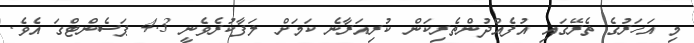
މި އަހަރުގެ ތެރޭގައި އުފެއްދުންތެރިކަން ކުރިއަރާނެ ކަމަށް ލަފާކުރެވެނީ 4.3 ޕަސެންޓްގަ އެވެ.